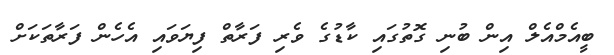
ބީއެމްއެލް އިން ބުނި ގޮތުގައި ކާޑުގެ ވެރި ފަރާތް ފިޔަވައި އެހެން ފަރާތަކަށް